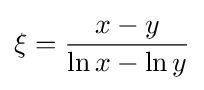
\xi ={\frac {x-y}{\ln x-\ln y}}